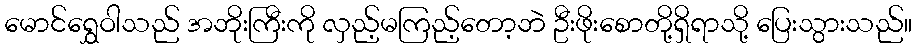
မောင်ရွှေဝါသည် အဘိုးကြီးကို လှည့်မကြည့်တော့ဘဲ ဦးဖိုးစောတို့ရှိရာသို့ ပြေးသွားသည်။